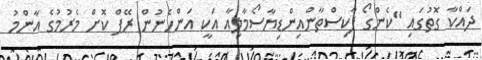
ދައްކާ ގޮތުގައި "ކެންގޯ ޕާކިސްތާންއިންޑިޔާސޯމާލިއާ އަކީ އަންހެނުން ރޭޕް ކޮށް މެރުމުގެ އާންމު